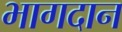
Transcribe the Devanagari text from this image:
भागदान